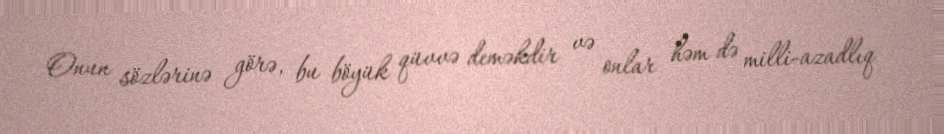
Onun sözlərinə görə, bu böyük qüvvə deməkdir və onlar həm də milli-azadlıq